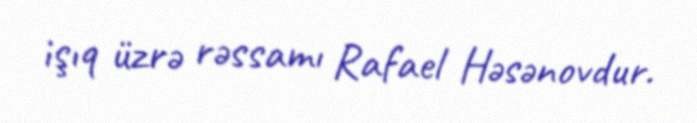
işıq üzrə rəssamı Rafael Həsənovdur.